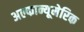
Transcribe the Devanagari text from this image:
अल्फान्यूमेरिक